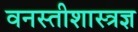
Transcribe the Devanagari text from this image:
वनस्तीशास्त्रज्ञ